Report on vaccination in Madras 1904-1921 - 1904-1921
Year: 1904
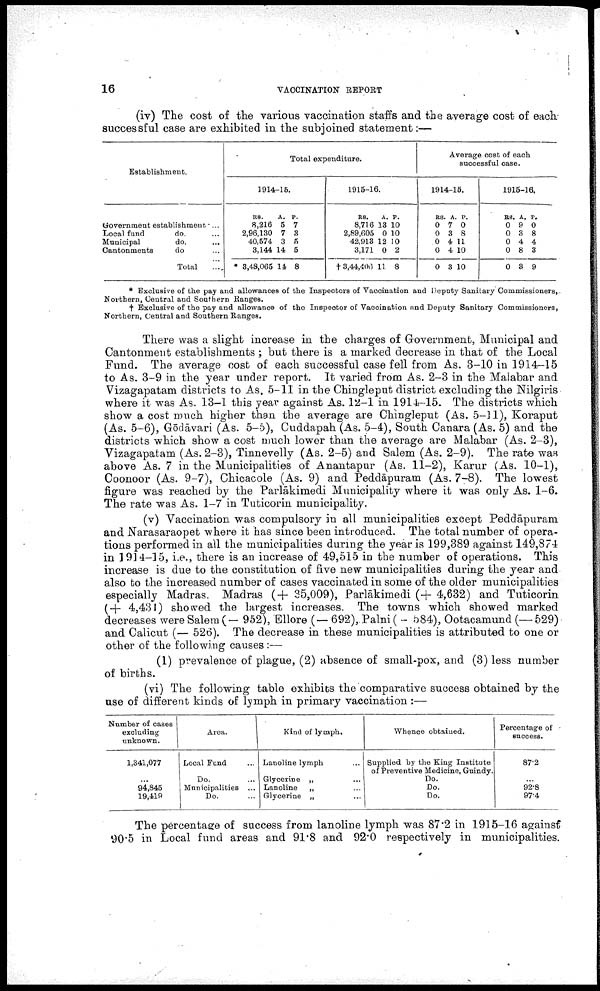
16
VACCINATION REPORT
(iv) The cost of the various vaccination staffs and the average cost of each
successful case are exhibited in the subjoined statement:—
Establishment.
Government establishment ...
Local fund
do. ...
Municipal
do. ...
Cantonments
do. ...
Total ...
Total expenditure.
1914-15.
RS.
8,216
2,96,130
40,574
3,144
* 3,48,065
A.
5
7
3
14
14
P.
7
3
5
5
8
1915-16.
RS.
8,716
2,89,605
42,913
3,171
† 3,44,406
A.
13
0
12
0
11
P.
10
10
10
2
8
Average cost of each
successful case.
1914-15.
RS
0
0
0
0
0
A
7
3
4
4
3
P.
0
8
11
10
10
1915-16.
RS.
0
0
0
0
0
A.
9
3
4
8
3
P.
0
8
4
3
9
* Exclusive of the pay and allowances of the Inspectors of Vaccination and Deputy Sanitary Commissioners,.
Northern, Central and Southern Ranges.
† Exclusive of the pay and allowance of the Inspector of Vaccination and Deputy Sanitary Commissioners,
Northern, Central and Southern Ranges.
There was a slight increase in the charges of Government, Municipal and
Cantonment establishments ; but there is a marked decrease in that of the Local
Fund. The average cost of each successful case fell from As. 3-10 in 1914-15
to As. 3-9 in the year under report. It varied from As. 2-3 in the Malabar and
Vizagapatam districts to As. 5-11 in the Chingleput district excluding the Nilgiris
where it was As. 13-1 this year against As. 12-1 in 1914-15. The districts which
show a cost much higher than the average are Chingleput (As. 5-11), Koraput
(As. 5-6), Gōdāvari (As. 5-5), Cuddapah (As. 5-4), South Canara (As. 5) and the
districts which show a cost much lower than the average are Malabar (As. 2-3),
Vizagapatam (As. 2-3), Tinnevelly (As. 2-5) and Salem (As. 2-9). The rate was
above As. 7 in the Municipalities of Anantapur (As. 11-2), Karur (As. 10-1),
Coonoor (As. 9-7), Chicacole (As. 9) and Peddāpuram (As. 7-8). The lowest
figure was reached by the Parlākimedi Municipality where it was only As. 1-6.
The rate was As. 1-7 in Tuticorin municipality.
(v) Vaccination was compulsory in all municipalities except Peddāpuram
and Narasaraopet where it has since been introduced. The total number of opera
tions performed in all the municipalities during the year is 199,389 against 149,874
in 1914-15, i.e., there is an increase of 49,515 in the number of operations. This
increase is due to the constitution of five new municipalities during the year and
also to the increased number of cases vaccinated in some of the older municipalities
especially Madras. Madras (+ 35,009), Parlākimedi (+ 4,632) and Tuticorin
(+ 4,431) showed the largest increases. The towns which showed marked
decreases were Salem (— 952), Ellore (— 692), Palni ( - 584), Ootacamund (— 529)
and Calicut (— 526). The decrease in these municipalities is attributed to one or
other of the following causes :—
(1) prevalence of plague, (2) absence of small-pox, and (3) less number
of births.
(vi) The following table exhibits the comparative success obtained by the
use of different kinds of lymph in primary vaccination :—
Number of cases
excluding
unknown.
1,341,077
...
94,845
19,419
Area.
Local Fund ...
Do. ...
Municipalities ...
Do. ...
Kind of lymph.
Lanoline lymph ...
Glycerine „ ...
Lanoline
„ ...
Glycerine „ ...
Whence obtained.
Supplied by the King Institute
of Preventive Medicine, Guindy.
Do.
Do.
Do.
Percentage of
success.
87.2
...
92.8
97.4
The percentage of success from lanoline lymph was 87.2 in 1915-16 against
90.5 in Local fund areas and 91.8 and 92.0 respectively in municipalities.